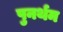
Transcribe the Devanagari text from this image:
पुनर्थम